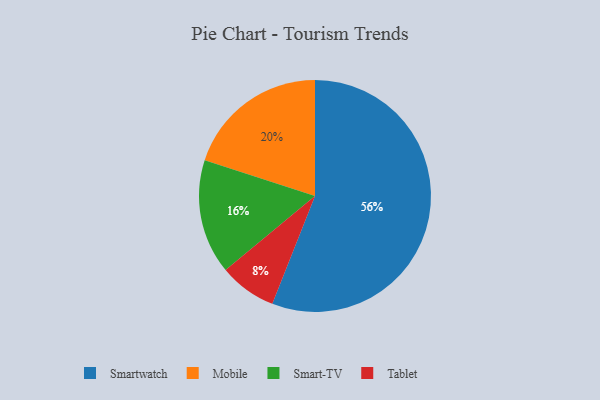
{"axis": {"x": "Category", "y": "Percentage"}, "legend": ["Mobile", "Smart-TV", "Smartwatch", "Tablet"], "data": [{"x": "Smart-TV", "y": 16, "type": "Smart-TV"}, {"x": "Mobile", "y": 20, "type": "Mobile"}, {"x": "Smartwatch", "y": 56, "type": "Smartwatch"}, {"x": "Tablet", "y": 8, "type": "Tablet"}]}